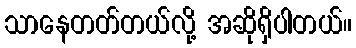
သာနေတတ်တယ်လို့ အဆိုရှိပါတယ်။